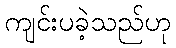
ကျင်းပခဲ့သည်ဟု